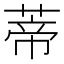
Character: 蒂